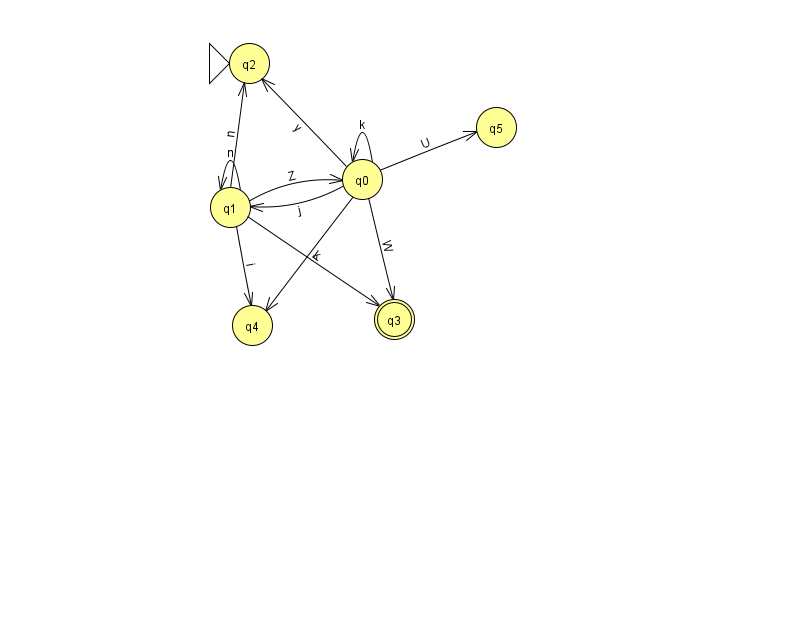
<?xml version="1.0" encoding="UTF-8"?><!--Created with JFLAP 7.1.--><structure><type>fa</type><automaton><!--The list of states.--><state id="0" name="q0"><x>362.0</x><y>166.0</y></state><state id="1" name="q1"><x>230.0</x><y>194.0</y></state><state id="2" name="q2"><x>249.0</x><y>50.0</y><initial/></state><state id="3" name="q3"><x>394.0</x><y>306.0</y><final/></state><state id="4" name="q4"><x>252.0</x><y>312.0</y></state><state id="5" name="q5"><x>496.0</x><y>114.0</y></state><!--The list of transitions.--><transition><from>1</from><to>2</to><read>n</read></transition><transition><from>0</from><to>1</to><read>j</read></transition><transition><from>1</from><to>0</to><read>Z</read></transition><transition><from>1</from><to>3</to><read>k</read></transition><transition><from>0</from><to>5</to><read>U</read></transition><transition><from>0</from><to>3</to><read>W</read></transition><transition><from>1</from><to>4</to><read>i</read></transition><transition><from>0</from><to>4</to><read>r</read></transition><transition><from>0</from><to>0</to><read>k</read></transition><transition><from>1</from><to>1</to><read>n</read></transition><transition><from>0</from><to>2</to><read>y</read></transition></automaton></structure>